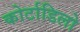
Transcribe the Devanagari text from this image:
कोर्टाडिलो